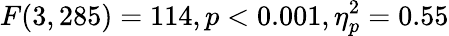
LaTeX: F(3,285)=114,p<0.001,\eta_{p}^{2}=0.55